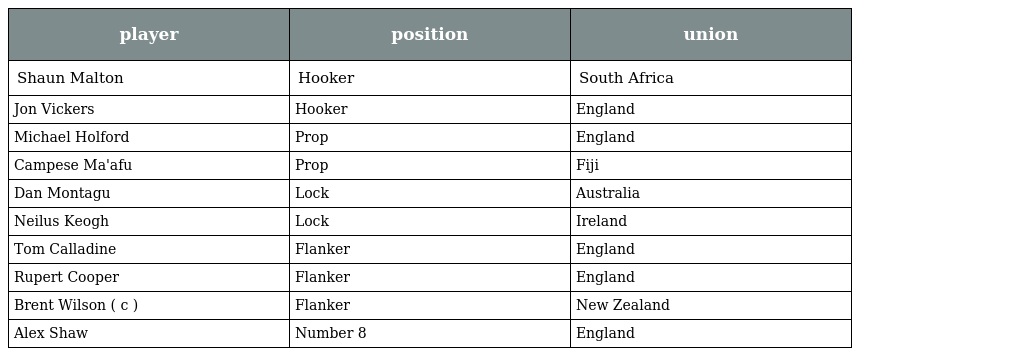
| player | position | union |
 | --- | --- | --- |
 | Shaun Malton | Hooker | South Africa |
 | Jon Vickers | Hooker | England |
 | Michael Holford | Prop | England |
 | Campese Ma'afu | Prop | Fiji |
 | Dan Montagu | Lock | Australia |
 | Neilus Keogh | Lock | Ireland |
 | Tom Calladine | Flanker | England |
 | Rupert Cooper | Flanker | England |
 | Brent Wilson ( c ) | Flanker | New Zealand |
 | Alex Shaw | Number 8 | England |